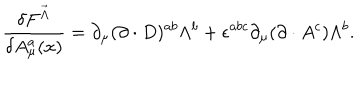
LaTeX: \frac { \delta F ^ { \vec { \Lambda } } } { \delta A _ { \mu } ^ { a } ( x ) } = \partial _ { \mu } ( \partial \cdot D ) ^ { a b } \Lambda ^ { b } + \epsilon ^ { a b c } \partial _ { \mu } ( \partial \cdot A ^ { c } ) \Lambda ^ { b } .